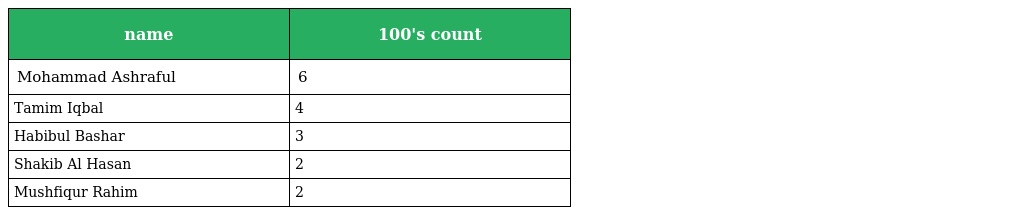
| name | 100's count |
 | --- | --- |
 | Mohammad Ashraful | 6 |
 | Tamim Iqbal | 4 |
 | Habibul Bashar | 3 |
 | Shakib Al Hasan | 2 |
 | Mushfiqur Rahim | 2 |